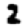
Digit: 2